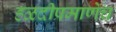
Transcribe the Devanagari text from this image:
हळदीप्रमाणेच